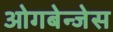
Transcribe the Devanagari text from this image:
ओगबेन्जेस